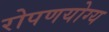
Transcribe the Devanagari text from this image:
रोपणयोग्य